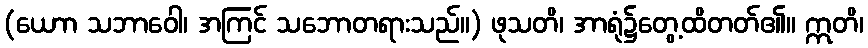
(ယောာ သဘာဝေါ၊ အကြင် သဘောတရားသည်။) ဖုသတိ၊ အာရုံ၌တွေ့ထိတတ်၏။ ဣတိ၊